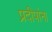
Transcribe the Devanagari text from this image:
प्रदीपांना